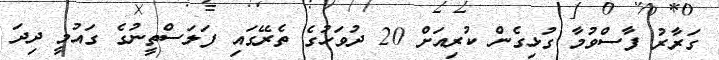
ގަރާރު ފާސްވުމާ ގުޅިގެން ކުރިއަށް 20 ދުވަހުގެ ތެރޭގައި ފަލަސްތީނުގެ ގައުމީ ދިދަ